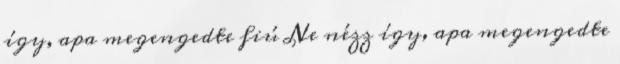
így, apa megengedte fiú Ne nézz így, apa megengedte